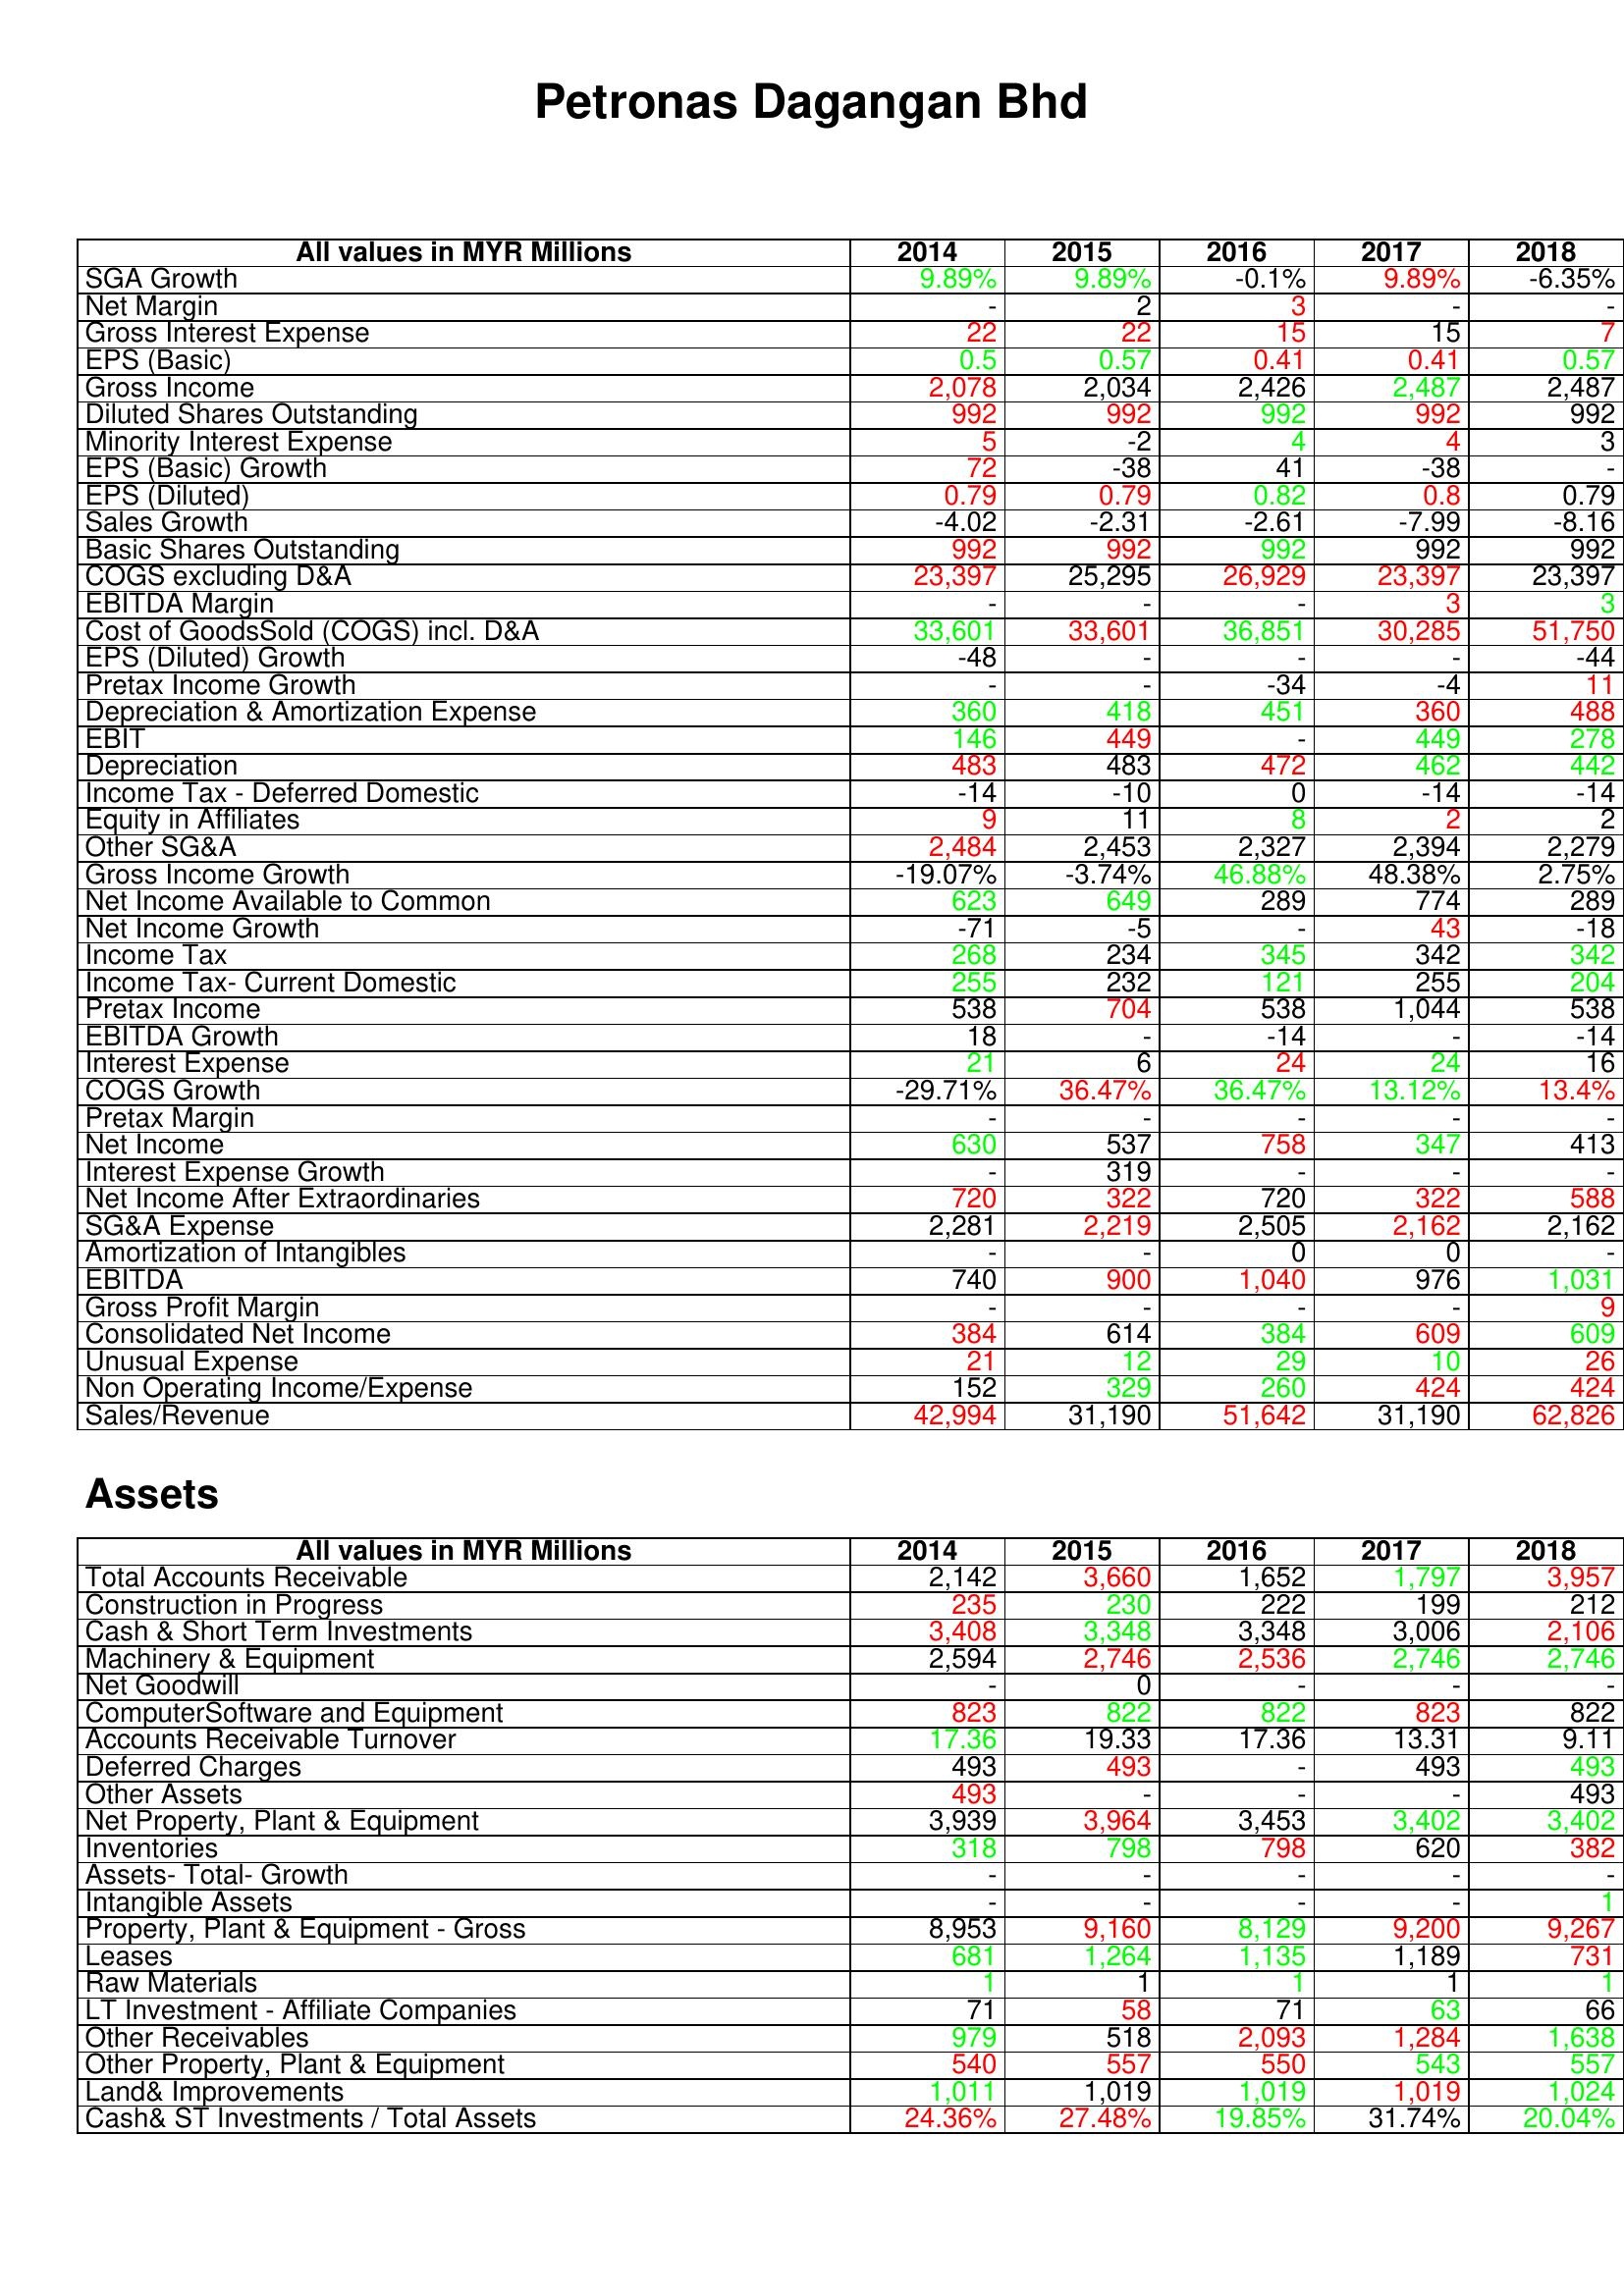
gt_parse: 2014: : SGA Growth: 9.89%
Net Margin: -
Gross Interest Expense: 22
EPS (Basic): 0.5
Gross Income: 2,078
Diluted Shares Outstanding: 992
Minority Interest Expense: 5
EPS (Basic) Growth: 72
EPS (Diluted): 0.79
Sales Growth: -4.02
Basic Shares Outstanding: 992
COGS excluding D&A: 23,397
EBITDA Margin: -
Cost of GoodsSold (COGS) incl. D&A: 33,601
EPS (Diluted) Growth: -48
Pretax Income Growth: -
Depreciation & Amortization Expense: 360
EBIT: 146
Depreciation: 483
Income Tax - Deferred Domestic: -14
Equity in Affiliates: 9
Other SG&A: 2,484
Gross Income Growth: -19.07%
Net Income Available to Common: 623
Net Income Growth: -71
Income Tax: 268
Income Tax- Current Domestic: 255
Pretax Income: 538
EBITDA Growth: 18
Interest Expense: 21
COGS Growth: -29.71%
Pretax Margin: -
Net Income: 630
Interest Expense Growth: -
Net Income After Extraordinaries: 720
SG&A Expense: 2,281
Amortization of Intangibles: -
EBITDA: 740
Gross Profit Margin: -
Consolidated Net Income: 384
Unusual Expense: 21
Non Operating Income/Expense: 152
Sales/Revenue: 42,994
Assets: Total Accounts Receivable: 2,142
Construction in Progress: 235
Cash & Short Term Investments: 3,408
Machinery & Equipment: 2,594
Net Goodwill: -
ComputerSoftware and Equipment: 823
Accounts Receivable Turnover: 17.36
Deferred Charges: 493
Other Assets: 493
Net Property, Plant & Equipment: 3,939
Inventories: 318
Assets- Total- Growth: -
Intangible Assets: -
Property, Plant & Equipment - Gross : 8,953
Leases: 681
Raw Materials: 1
LT Investment - Affiliate Companies: 71
Other Receivables: 979
Other Property, Plant & Equipment: 540
Land& Improvements: 1,011
Cash& ST Investments / Total Assets: 24.36%
2015: : SGA Growth: 9.89%
Net Margin: 2
Gross Interest Expense: 22
EPS (Basic): 0.57
Gross Income: 2,034
Diluted Shares Outstanding: 992
Minority Interest Expense: -2
EPS (Basic) Growth: -38
EPS (Diluted): 0.79
Sales Growth: -2.31
Basic Shares Outstanding: 992
COGS excluding D&A: 25,295
EBITDA Margin: -
Cost of GoodsSold (COGS) incl. D&A: 33,601
EPS (Diluted) Growth: -
Pretax Income Growth: -
Depreciation & Amortization Expense: 418
EBIT: 449
Depreciation: 483
Income Tax - Deferred Domestic: -10
Equity in Affiliates: 11
Other SG&A: 2,453
Gross Income Growth: -3.74%
Net Income Available to Common: 649
Net Income Growth: -5
Income Tax: 234
Income Tax- Current Domestic: 232
Pretax Income: 704
EBITDA Growth: -
Interest Expense: 6
COGS Growth: 36.47%
Pretax Margin: -
Net Income: 537
Interest Expense Growth: 319
Net Income After Extraordinaries: 322
SG&A Expense: 2,219
Amortization of Intangibles: -
EBITDA: 900
Gross Profit Margin: -
Consolidated Net Income: 614
Unusual Expense: 12
Non Operating Income/Expense: 329
Sales/Revenue: 31,190
Assets: Total Accounts Receivable: 3,660
Construction in Progress: 230
Cash & Short Term Investments: 3,348
Machinery & Equipment: 2,746
Net Goodwill: 0
ComputerSoftware and Equipment: 822
Accounts Receivable Turnover: 19.33
Deferred Charges: 493
Other Assets: -
Net Property, Plant & Equipment: 3,964
Inventories: 798
Assets- Total- Growth: -
Intangible Assets: -
Property, Plant & Equipment - Gross : 9,160
Leases: 1,264
Raw Materials: 1
LT Investment - Affiliate Companies: 58
Other Receivables: 518
Other Property, Plant & Equipment: 557
Land& Improvements: 1,019
Cash& ST Investments / Total Assets: 27.48%
2016: : SGA Growth: -0.1%
Net Margin: 3
Gross Interest Expense: 15
EPS (Basic): 0.41
Gross Income: 2,426
Diluted Shares Outstanding: 992
Minority Interest Expense: 4
EPS (Basic) Growth: 41
EPS (Diluted): 0.82
Sales Growth: -2.61
Basic Shares Outstanding: 992
COGS excluding D&A: 26,929
EBITDA Margin: -
Cost of GoodsSold (COGS) incl. D&A: 36,851
EPS (Diluted) Growth: -
Pretax Income Growth: -34
Depreciation & Amortization Expense: 451
EBIT: -
Depreciation: 472
Income Tax - Deferred Domestic: 0
Equity in Affiliates: 8
Other SG&A: 2,327
Gross Income Growth: 46.88%
Net Income Available to Common: 289
Net Income Growth: -
Income Tax: 345
Income Tax- Current Domestic: 121
Pretax Income: 538
EBITDA Growth: -14
Interest Expense: 24
COGS Growth: 36.47%
Pretax Margin: -
Net Income: 758
Interest Expense Growth: -
Net Income After Extraordinaries: 720
SG&A Expense: 2,505
Amortization of Intangibles: 0
EBITDA: 1,040
Gross Profit Margin: -
Consolidated Net Income: 384
Unusual Expense: 29
Non Operating Income/Expense: 260
Sales/Revenue: 51,642
Assets: Total Accounts Receivable: 1,652
Construction in Progress: 222
Cash & Short Term Investments: 3,348
Machinery & Equipment: 2,536
Net Goodwill: -
ComputerSoftware and Equipment: 822
Accounts Receivable Turnover: 17.36
Deferred Charges: -
Other Assets: -
Net Property, Plant & Equipment: 3,453
Inventories: 798
Assets- Total- Growth: -
Intangible Assets: -
Property, Plant & Equipment - Gross : 8,129
Leases: 1,135
Raw Materials: 1
LT Investment - Affiliate Companies: 71
Other Receivables: 2,093
Other Property, Plant & Equipment: 550
Land& Improvements: 1,019
Cash& ST Investments / Total Assets: 19.85%
2017: : SGA Growth: 9.89%
Net Margin: -
Gross Interest Expense: 15
EPS (Basic): 0.41
Gross Income: 2,487
Diluted Shares Outstanding: 992
Minority Interest Expense: 4
EPS (Basic) Growth: -38
EPS (Diluted): 0.8
Sales Growth: -7.99
Basic Shares Outstanding: 992
COGS excluding D&A: 23,397
EBITDA Margin: 3
Cost of GoodsSold (COGS) incl. D&A: 30,285
EPS (Diluted) Growth: -
Pretax Income Growth: -4
Depreciation & Amortization Expense: 360
EBIT: 449
Depreciation: 462
Income Tax - Deferred Domestic: -14
Equity in Affiliates: 2
Other SG&A: 2,394
Gross Income Growth: 48.38%
Net Income Available to Common: 774
Net Income Growth: 43
Income Tax: 342
Income Tax- Current Domestic: 255
Pretax Income: 1,044
EBITDA Growth: -
Interest Expense: 24
COGS Growth: 13.12%
Pretax Margin: -
Net Income: 347
Interest Expense Growth: -
Net Income After Extraordinaries: 322
SG&A Expense: 2,162
Amortization of Intangibles: 0
EBITDA: 976
Gross Profit Margin: -
Consolidated Net Income: 609
Unusual Expense: 10
Non Operating Income/Expense: 424
Sales/Revenue: 31,190
Assets: Total Accounts Receivable: 1,797
Construction in Progress: 199
Cash & Short Term Investments: 3,006
Machinery & Equipment: 2,746
Net Goodwill: -
ComputerSoftware and Equipment: 823
Accounts Receivable Turnover: 13.31
Deferred Charges: 493
Other Assets: -
Net Property, Plant & Equipment: 3,402
Inventories: 620
Assets- Total- Growth: -
Intangible Assets: -
Property, Plant & Equipment - Gross : 9,200
Leases: 1,189
Raw Materials: 1
LT Investment - Affiliate Companies: 63
Other Receivables: 1,284
Other Property, Plant & Equipment: 543
Land& Improvements: 1,019
Cash& ST Investments / Total Assets: 31.74%
2018: : SGA Growth: -6.35%
Net Margin: -
Gross Interest Expense: 7
EPS (Basic): 0.57
Gross Income: 2,487
Diluted Shares Outstanding: 992
Minority Interest Expense: 3
EPS (Basic) Growth: -
EPS (Diluted): 0.79
Sales Growth: -8.16
Basic Shares Outstanding: 992
COGS excluding D&A: 23,397
EBITDA Margin: 3
Cost of GoodsSold (COGS) incl. D&A: 51,750
EPS (Diluted) Growth: -44
Pretax Income Growth: 11
Depreciation & Amortization Expense: 488
EBIT: 278
Depreciation: 442
Income Tax - Deferred Domestic: -14
Equity in Affiliates: 2
Other SG&A: 2,279
Gross Income Growth: 2.75%
Net Income Available to Common: 289
Net Income Growth: -18
Income Tax: 342
Income Tax- Current Domestic: 204
Pretax Income: 538
EBITDA Growth: -14
Interest Expense: 16
COGS Growth: 13.4%
Pretax Margin: -
Net Income: 413
Interest Expense Growth: -
Net Income After Extraordinaries: 588
SG&A Expense: 2,162
Amortization of Intangibles: -
EBITDA: 1,031
Gross Profit Margin: 9
Consolidated Net Income: 609
Unusual Expense: 26
Non Operating Income/Expense: 424
Sales/Revenue: 62,826
Assets: Total Accounts Receivable: 3,957
Construction in Progress: 212
Cash & Short Term Investments: 2,106
Machinery & Equipment: 2,746
Net Goodwill: -
ComputerSoftware and Equipment: 822
Accounts Receivable Turnover: 9.11
Deferred Charges: 493
Other Assets: 493
Net Property, Plant & Equipment: 3,402
Inventories: 382
Assets- Total- Growth: -
Intangible Assets: 1
Property, Plant & Equipment - Gross : 9,267
Leases: 731
Raw Materials: 1
LT Investment - Affiliate Companies: 66
Other Receivables: 1,638
Other Property, Plant & Equipment: 557
Land& Improvements: 1,024
Cash& ST Investments / Total Assets: 20.04%